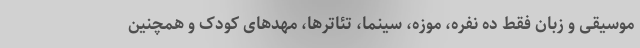
موسیقی و زبان فقط ده نفره، موزه، سینما، تئاترها، مهدهای کودک و همچنین